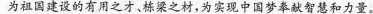
为祖国建设的有用之才、栋梁之材，为实现中国梦奉献智慧和力量。